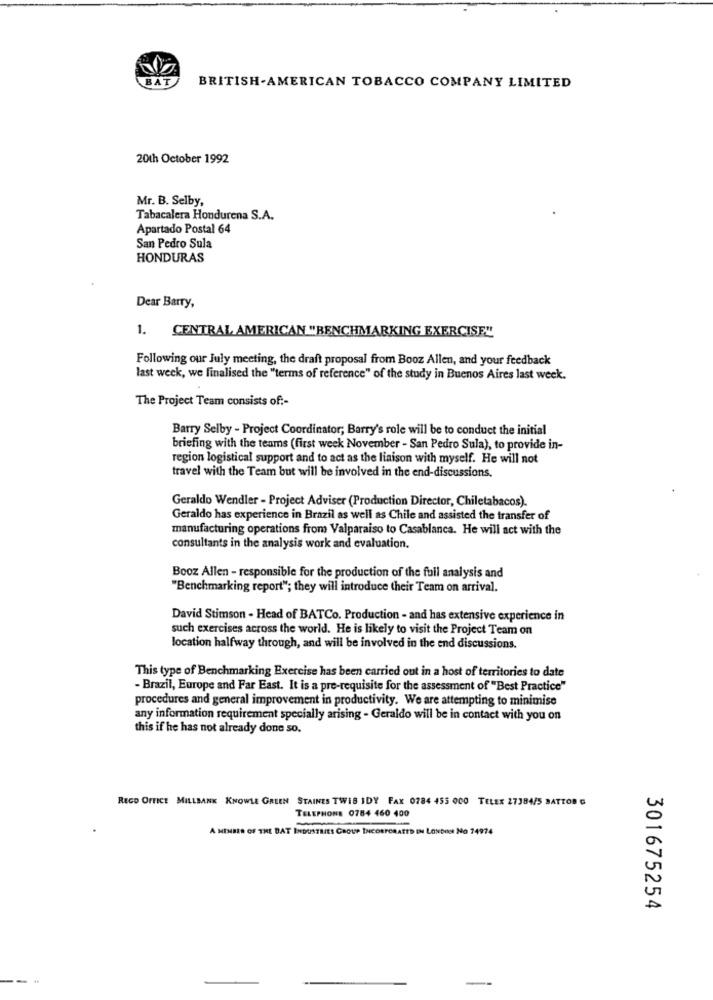
BAT
BRITISH-AMERICAN TOBACCO COMPANY LIMITED
20th October 1992
Mr. B. Selby,
Tabacalera Hondurena S.A.
Apartado Postal 64
San Pedro Sula
HONDURAS
Dear Barry,
1. CENTRAL AMERICAN "BENCHMARKING EXERCISE"
Following our July meeting, the draft proposal from Booz Allen, and your feedback
last week, we finalised the "terms of reference" of the study in Buenos Aires last week.
The Project Team consists of :-
Barry Selby - Project Coordinator; Barry's role will be to conduct the initial
briefing with the teams (first week November - San Pedro Sula), to provide in-
region logistical support and to act as the liaison with myself. He will not
travel with the Team but will be involved in the end-discussions,
Geraldo Wendler - Project Adviser (Production Director, Chiletabacos).
Geraldo has experience in Brazil as well as Chile and assisted the transfer of
manufacturing operations from Valparaiso to Casablanca. He will act with the
consultants in the analysis work and evaluation.
Booz Allen - responsible for the production of the fuil analysis and
"Benchmarking report"; they will introduce their Team on arrival.
David Stimson - Head of BATCo. Production - and has extensive experience in
such exercises across the world. He is likely to visit the Project Team on
location halfway through, and will be involved in the end discussions.
This type of Benchmarking Exercise has been carried out in a host of territories to date
- Brazil, Europe and Far East. It is a pre-requisite for the assessment of "Best Practice"
procedures and general improvement in productivity. We are attempting to minimise
any information requirement specially arising - Geraldo will be in contact with you on
this if he has not already done so.
REGO OFFICE MILLBANK KNOWLE GREEN STAINES TWIS IDY FAX 0784 455 000 TELER 27384/5 BATTOD G
TELEPHONE 0784 460 400
A MEMBER OF THE BAT INDUSTRIES GROUP INCORPORATED IN LONDON NO 14974
л
A
301675254